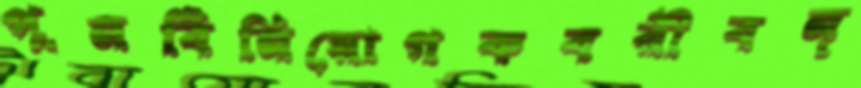
পুনর্বিনিয়োগকবরীবন্